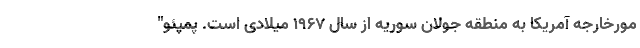
مورخارجه آمریکا به منطقه جولان سوریه از سال ۱۹۶۷ میلادی است. پمپئو"